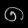
Digit: ၈